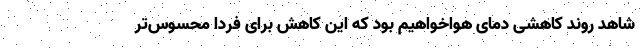
شاهد روند کاهشی دمای هواخواهیم بود که این کاهش برای فردا محسوس‌تر